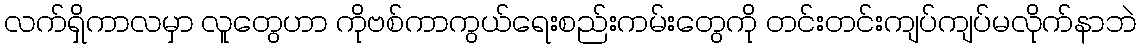
လက်ရှိကာလမှာ လူတွေဟာ ကိုဗစ်ကာကွယ်ရေးစည်းကမ်းတွေကို တင်းတင်းကျပ်ကျပ်မလိုက်နာဘဲ